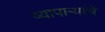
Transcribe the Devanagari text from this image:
व्यापाऱ्यांचे